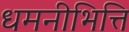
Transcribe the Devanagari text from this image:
धमनीभित्ति